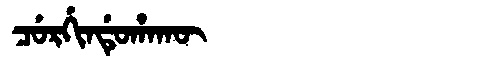
Manchu: ᠴᡠᡵᡤᡳᠨᡩᡠᡥᠠᡴᡡ
Romanization: CURGINDUHAKŪ